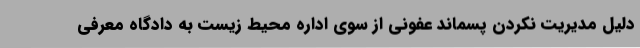
دلیل مدیریت نکردن پسماند عفونی از سوی اداره محیط زیست به دادگاه معرفی